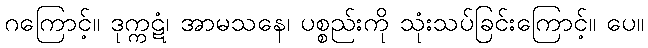
ဂကြောင့်။ ဒုက္ကဋံ၊ အာမသနေ၊ ပစ္စည်းကို သုံးသပ်ခြင်းကြောင့်။ ပေ။